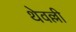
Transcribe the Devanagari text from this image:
थेवल्ली